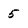
Character: 5